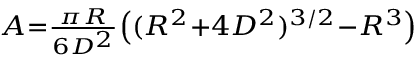
\scriptstyle A = { \frac { \pi R } { 6 D ^ { 2 } } } \left( ( R ^ { 2 } + 4 D ^ { 2 } ) ^ { 3 / 2 } - R ^ { 3 } \right)